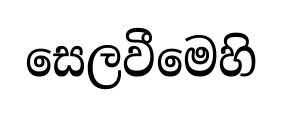
සෙලවීමෙහි